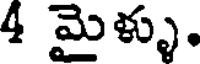
4 మైళ్ళు.